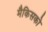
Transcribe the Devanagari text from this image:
मैकिसको